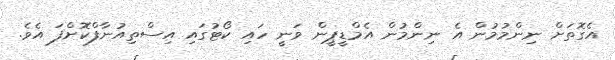
އެގޮތަށް ނިންމުމުން އެ ނިންމުން އެމްޑީޕީން ވަނީ ހައި ކޯޓުގައި އިސްތިއުނާފްކޮށްފަ އެވެ.